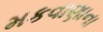
મકવાણાના